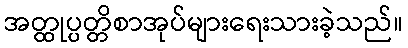
အတ္ထုပ္ပတ္တိစာအုပ်များရေးသားခဲ့သည်။